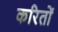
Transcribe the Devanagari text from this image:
करितों